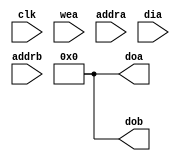
`timescale 1ns / 1ps
//////////////////////////////////////////////////////////////////////////////////
// Company:  Twist Bioscience, Inc.
// 
// Design Name:    OK_D128
// Module Name:    dpram8K_a16_b16
// Project Name:   OK_D128
// Target Devices: Spartan 6
// Tool versions:  ISE 14.7 
// Description: Dual port memory for storing adjust data. Written
//              by USB interface and read internally by column advances. Sixteen
//              bits on USB side, 16 bits on application side. 
//              Do the selection for reading with a delayed/registered address.
//
//  8 K Bytes => 4 K 16 bit words        4 K 16 bit words
//                Having 4096 locations means we can store 1 swatch
//						for Titin.  Using the automatically generated memory uses 4 blocks
//
// Revision 1.0 - File Created
// Additional Comments: 
//
//////////////////////////////////////////////////////////////////////////////////
module dpram8K_a16_b16(
    input          clk,
    input          wea,
    input  [11:0]  addra,
    input  [15:0]  dia,
    output [15:0]  doa,
    input  [11:0]  addrb,
    output [15:0]  dob
    );
assign doa = 0;
assign dob = 0;

/*
Adjust_Memory dpram2 (
  .clka(clk), .wea(wea),  .addra(addra), .dina(dia), .douta(doa),   
  .clkb(clk), .web(1'b0), .addrb(addrb), .dinb(),    .doutb(dob) );
*/
endmodule
/*
module dpram8K_a16_b16(
    input          clk,
    input          wea,
    input  [12:0]  addra,
    input  [15:0]  dia,
    output [15:0]  doa,
    input  [12:0]  addrb,
    output [15:0]  dob
    );

wire [15:0] doa_sel0, doa_sel1, doa_sel2, doa_sel3; 
reg  [15:0] doa_r ;
reg   [1:0] addra_r; 

assign doa = doa_r;
always @(posedge clk)
begin
	addra_r <= addra[1:0];
end

always @(addra_r[1:0])
      case (addra_r[1:0])
         2'b00: begin
            doa_r      = doa_sel0;
            end
         2'b01: begin
            doa_r      = doa_sel1;
            end
         2'b10: begin
            doa_r      = doa_sel2;
            end
         2'b11: begin
            doa_r      = doa_sel3;
            end
      endcase	
		
wire [15:0] wea_sel;

assign  wea_sel[0]  = wea && (!addra[1] && !addra[0]);
assign  wea_sel[1]  = wea && (!addra[1] &&  addra[0]);
assign  wea_sel[2]  = wea && ( addra[1] && !addra[0]);
assign  wea_sel[3]  = wea && ( addra[1] &&  addra[0]); 

wire [15:0] dob_sel0, dob_sel1, dob_sel2, dob_sel3;
reg  [15:0] dob_r;
reg   [1:0] addrb_r;

assign dob = dob_r;
always @(posedge clk)
begin
	addrb_r <= addrb[1:0];
end
	
always @(addrb_r)
      case (addrb_r)
         2'b00: begin
            dob_r      = dob_sel0;
            end
         2'b01: begin
            dob_r      = dob_sel1;
            end
         2'b10: begin
            dob_r      = dob_sel2;
            end
         2'b11: begin
            dob_r      = dob_sel3;
            end            
      endcase		

dpram2K_a8_b8 dpram0 (
  .clka(clk),	.wea(wea_sel[0]),	.addra(addra[12:2]),	.dina(dia[7:0]),	.douta(doa_sel0[7:0]),
  .clkb(clk),  .web(1'b0),       .addrb(addrb[12:2]), .dinb(),          .doutb(dob_sel0[7:0])  );

dpram2K_a8_b8 dpram1 (
  .clka(clk),  .wea(wea_sel[0]), .addra(addra[12:2]), .dina(dia[15:8]), .douta(doa_sel0[15:8]), 
  .clkb(clk),  .web(1'b0),       .addrb(addrb[12:2]), .dinb(),          .doutb(dob_sel0[15:8]) );

dpram2K_a8_b8 dpram2 (
  .clka(clk),  .wea(wea_sel[1]), .addra(addra[12:2]), .dina(dia[7:0]),  .douta(doa_sel1[7:0]),
  .clkb(clk),  .web(1'b0),       .addrb(addrb[12:2]), .dinb(),          .doutb(dob_sel1[7:0]) );

dpram2K_a8_b8 dpram3 (
  .clka(clk), .wea(wea_sel[1]),  .addra(addra[12:2]), .dina(dia[15:8]), .douta(doa_sel1[15:8]),
  .clkb(clk), .web(1'b0),        .addrb(addrb[12:2]), .dinb(),          .doutb(dob_sel1[15:8]) );

dpram2K_a8_b8 dpram4 (
  .clka(clk), .wea(wea_sel[2]),  .addra(addra[12:2]), .dina(dia[7:0]),  .douta(doa_sel2[7:0]),
  .clkb(clk), .web(1'b0),        .addrb(addrb[12:2]), .dinb(),          .doutb(dob_sel2[7:0]) );

dpram2K_a8_b8 dpram5 (
  .clka(clk), .wea(wea_sel[2]),  .addra(addra[12:2]), .dina(dia[15:8]), .douta(doa_sel2[15:8]),  
  .clkb(clk), .web(1'b0),        .addrb(addrb[12:2]), .dinb(),          .doutb(dob_sel2[15:8]) );

dpram2K_a8_b8 dpram6 (
  .clka(clk), .wea(wea_sel[3]),  .addra(addra[12:2]), .dina(dia[7:0]),  .douta(doa_sel3[7:0]), 
  .clkb(clk), .web(1'b0),        .addrb(addrb[12:2]), .dinb(),          .doutb(dob_sel3[7:0]) );

dpram2K_a8_b8 dpram7 (
  .clka(clk), .wea(wea_sel[3]),  .addra(addra[12:2]), .dina(dia[15:8]), .douta(doa_sel3[15:8]),   
  .clkb(clk), .web(1'b0),        .addrb(addrb[12:2]), .dinb(),          .doutb(dob_sel3[15:8]) );

endmodule
*/